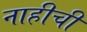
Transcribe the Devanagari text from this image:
नाहीची